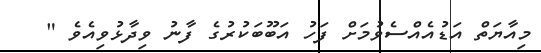
މިއާޔަތް އަޑުއެއްސެވުމަށް ފަހު އަބޫބަކުރުގެ ފާނު ވިދާޅުވިއެވެ "